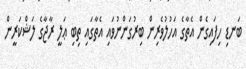
ބަނޑި ހިފައިގެން އެތާގެ އަހުލުވެރިން ބިރުގަންނުވައި އެތާގައި ތިބި ޢަލީ ރާޖާގެ ލަޝްކަރީން